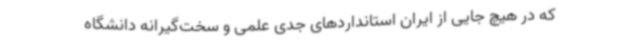
که در هیچ جایی از ایران استانداردهای جدی علمی و سخت‌گیرانه دانشگاه